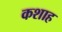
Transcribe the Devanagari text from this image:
कशाह